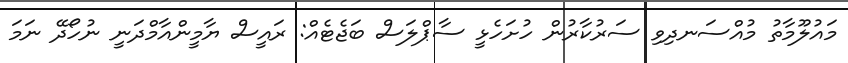
މައުލޫމާތު މުއްސަނދިވި ސަރުކާރުން ހުށަހެޅީ ސާޕްލަސް ބަޖެޓެއް: ރައީސް ޔާމީންއާމްދަނީ ނުހޯދޭ ނަމަ